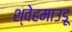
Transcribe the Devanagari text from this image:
श्वेहमाउडू